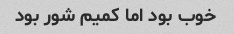
خوب بود اما کمیم شور بود